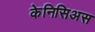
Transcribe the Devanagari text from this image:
केनिसिअस